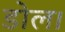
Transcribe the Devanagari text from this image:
डोल।